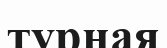
турная